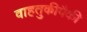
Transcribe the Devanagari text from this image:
वाहतुकीपैकी